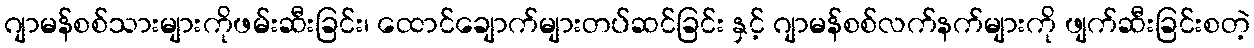
ဂျာမန်စစ်သားများကိုဖမ်းဆီးခြင်း၊ ထောင်ချောက်များတပ်ဆင်ခြင်း နှင့် ဂျာမန်စစ်လက်နက်များကို ဖျက်ဆီးခြင်းစတဲ့